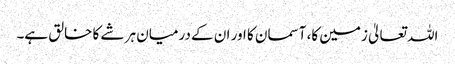
اللہ تعالیٰ زمین کا، آسمان کا اور ان کے درمیان ہر شے کا خالق ہے۔